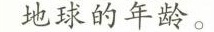
地球的年龄。